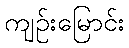
ကျဉ်းမြောင်း